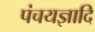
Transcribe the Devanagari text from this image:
पंचयज्ञादि